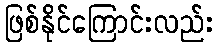
ဖြစ်နိုင်ကြောင်းလည်း